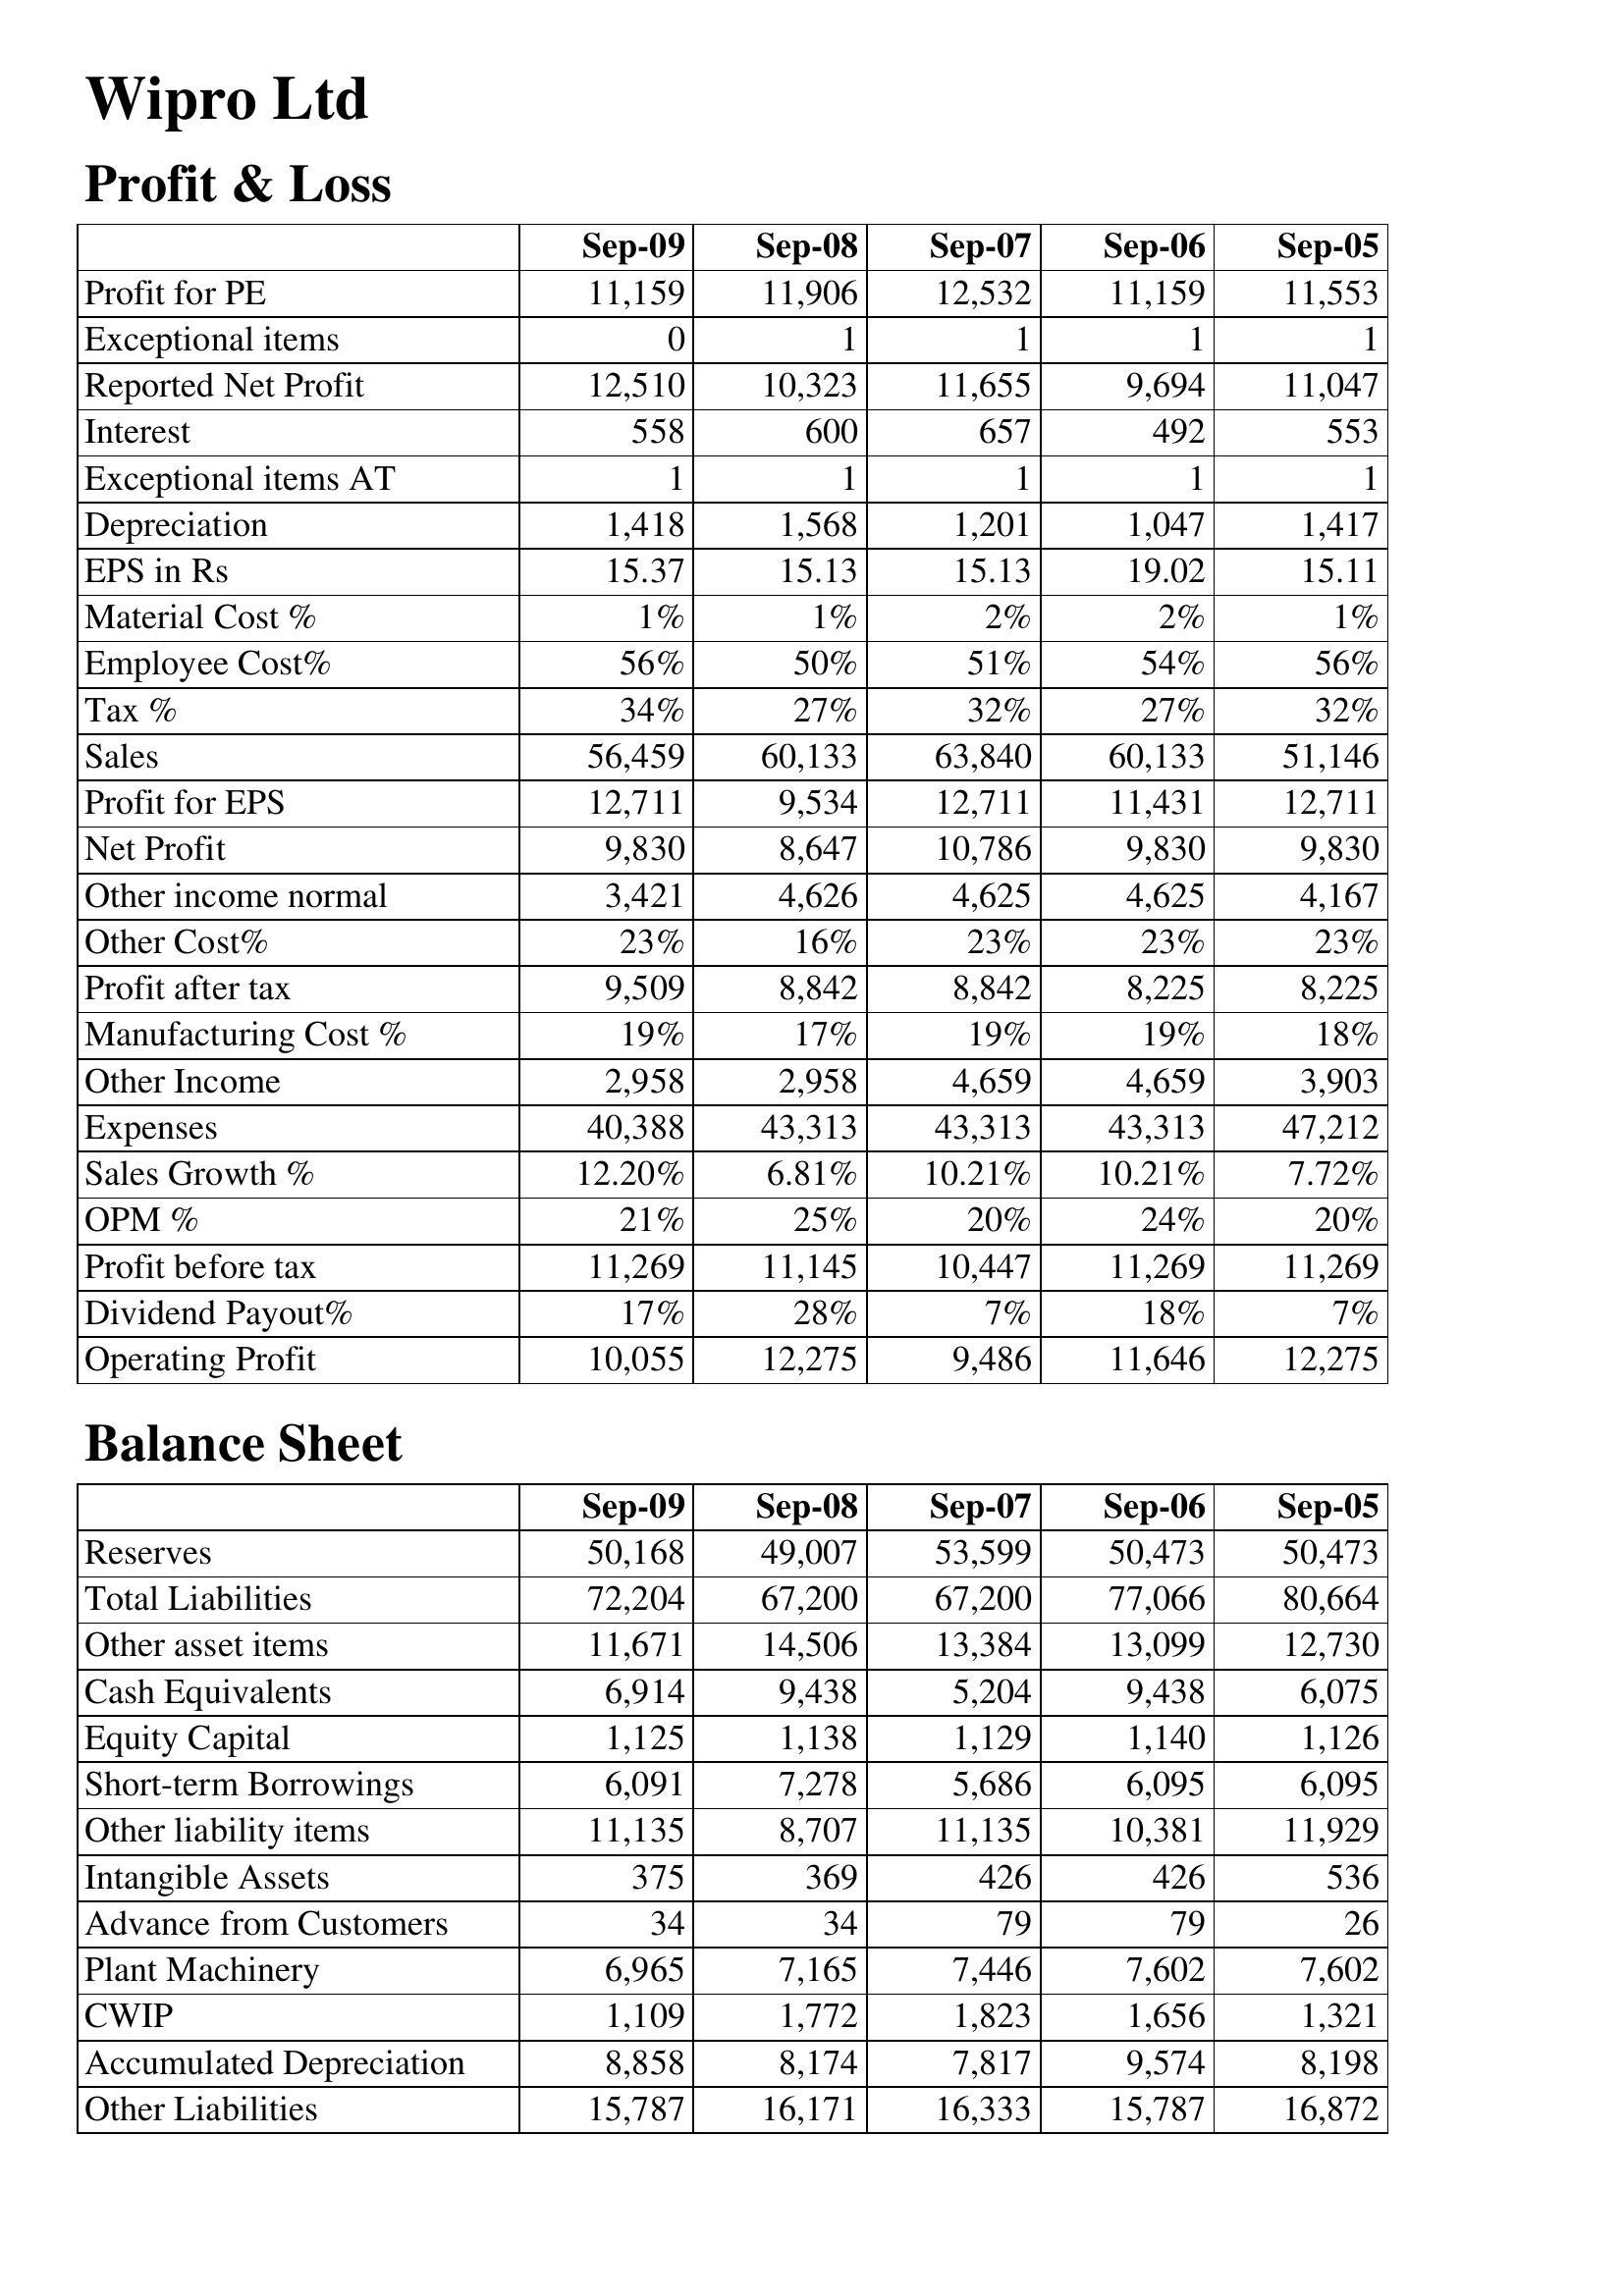
Sep-09: Profit & Loss: Profit for PE: 11,159
Exceptional items: 0
Reported Net Profit: 12,510
Interest: 558
Exceptional items AT: 1
Depreciation: 1,418
EPS in Rs: 15.37
Material Cost %: 1%
Employee Cost%: 56%
Tax %: 34%
Sales: 56,459
Profit for EPS: 12,711
Net Profit: 9,830
Other income normal: 3,421
Other Cost%: 23%
Profit after tax: 9,509
Manufacturing Cost %: 19%
Other Income: 2,958
Expenses: 40,388
Sales Growth %: 12.20%
OPM %: 21%
Profit before tax: 11,269
Dividend Payout%: 17%
Operating Profit: 10,055
Balance Sheet: Reserves: 50,168
Total Liabilities: 72,204
Other asset items: 11,671
Cash Equivalents: 6,914
Equity Capital: 1,125
Short-term Borrowings: 6,091
Other liability items: 11,135
Intangible Assets: 375
Advance from Customers: 34
Plant Machinery: 6,965
CWIP: 1,109
Accumulated Depreciation: 8,858
Other Liabilities: 15,787
Sep-08: Profit & Loss: Profit for PE: 11,906
Exceptional items: 1
Reported Net Profit: 10,323
Interest: 600
Exceptional items AT: 1
Depreciation: 1,568
EPS in Rs: 15.13
Material Cost %: 1%
Employee Cost%: 50%
Tax %: 27%
Sales: 60,133
Profit for EPS: 9,534
Net Profit: 8,647
Other income normal: 4,626
Other Cost%: 16%
Profit after tax: 8,842
Manufacturing Cost %: 17%
Other Income: 2,958
Expenses: 43,313
Sales Growth %: 6.81%
OPM %: 25%
Profit before tax: 11,145
Dividend Payout%: 28%
Operating Profit: 12,275
Balance Sheet: Reserves: 49,007
Total Liabilities: 67,200
Other asset items: 14,506
Cash Equivalents: 9,438
Equity Capital: 1,138
Short-term Borrowings: 7,278
Other liability items: 8,707
Intangible Assets: 369
Advance from Customers: 34
Plant Machinery: 7,165
CWIP: 1,772
Accumulated Depreciation: 8,174
Other Liabilities: 16,171
Sep-07: Profit & Loss: Profit for PE: 12,532
Exceptional items: 1
Reported Net Profit: 11,655
Interest: 657
Exceptional items AT: 1
Depreciation: 1,201
EPS in Rs: 15.13
Material Cost %: 2%
Employee Cost%: 51%
Tax %: 32%
Sales: 63,840
Profit for EPS: 12,711
Net Profit: 10,786
Other income normal: 4,625
Other Cost%: 23%
Profit after tax: 8,842
Manufacturing Cost %: 19%
Other Income: 4,659
Expenses: 43,313
Sales Growth %: 10.21%
OPM %: 20%
Profit before tax: 10,447
Dividend Payout%: 7%
Operating Profit: 9,486
Balance Sheet: Reserves: 53,599
Total Liabilities: 67,200
Other asset items: 13,384
Cash Equivalents: 5,204
Equity Capital: 1,129
Short-term Borrowings: 5,686
Other liability items: 11,135
Intangible Assets: 426
Advance from Customers: 79
Plant Machinery: 7,446
CWIP: 1,823
Accumulated Depreciation: 7,817
Other Liabilities: 16,333
Sep-06: Profit & Loss: Profit for PE: 11,159
Exceptional items: 1
Reported Net Profit: 9,694
Interest: 492
Exceptional items AT: 1
Depreciation: 1,047
EPS in Rs: 19.02
Material Cost %: 2%
Employee Cost%: 54%
Tax %: 27%
Sales: 60,133
Profit for EPS: 11,431
Net Profit: 9,830
Other income normal: 4,625
Other Cost%: 23%
Profit after tax: 8,225
Manufacturing Cost %: 19%
Other Income: 4,659
Expenses: 43,313
Sales Growth %: 10.21%
OPM %: 24%
Profit before tax: 11,269
Dividend Payout%: 18%
Operating Profit: 11,646
Balance Sheet: Reserves: 50,473
Total Liabilities: 77,066
Other asset items: 13,099
Cash Equivalents: 9,438
Equity Capital: 1,140
Short-term Borrowings: 6,095
Other liability items: 10,381
Intangible Assets: 426
Advance from Customers: 79
Plant Machinery: 7,602
CWIP: 1,656
Accumulated Depreciation: 9,574
Other Liabilities: 15,787
Sep-05: Profit & Loss: Profit for PE: 11,553
Exceptional items: 1
Reported Net Profit: 11,047
Interest: 553
Exceptional items AT: 1
Depreciation: 1,417
EPS in Rs: 15.11
Material Cost %: 1%
Employee Cost%: 56%
Tax %: 32%
Sales: 51,146
Profit for EPS: 12,711
Net Profit: 9,830
Other income normal: 4,167
Other Cost%: 23%
Profit after tax: 8,225
Manufacturing Cost %: 18%
Other Income: 3,903
Expenses: 47,212
Sales Growth %: 7.72%
OPM %: 20%
Profit before tax: 11,269
Dividend Payout%: 7%
Operating Profit: 12,275
Balance Sheet: Reserves: 50,473
Total Liabilities: 80,664
Other asset items: 12,730
Cash Equivalents: 6,075
Equity Capital: 1,126
Short-term Borrowings: 6,095
Other liability items: 11,929
Intangible Assets: 536
Advance from Customers: 26
Plant Machinery: 7,602
CWIP: 1,321
Accumulated Depreciation: 8,198
Other Liabilities: 16,872